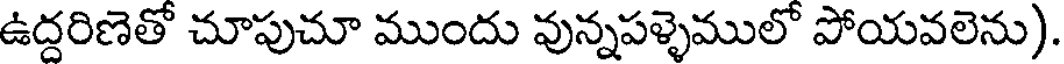
ఉద్దరిణెతో చూపుచూ ముందు వున్నపళ్ళెములో పోయవలెను)